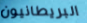
البريطانيون